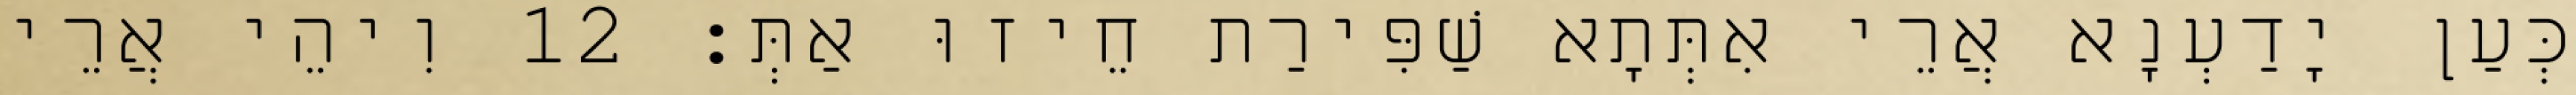
כְּעַן יָדַעְנָא אֲרֵי אִתְּתָא שַׁפִּירַת חֵיזוּ אַתְּ׃ 12 וִיהֵי אֲרֵי